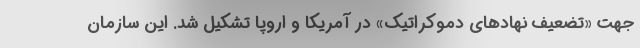
جهت «تضعیف نهادهای دموکراتیک» در آمریکا و اروپا تشکیل شد. این سازمان